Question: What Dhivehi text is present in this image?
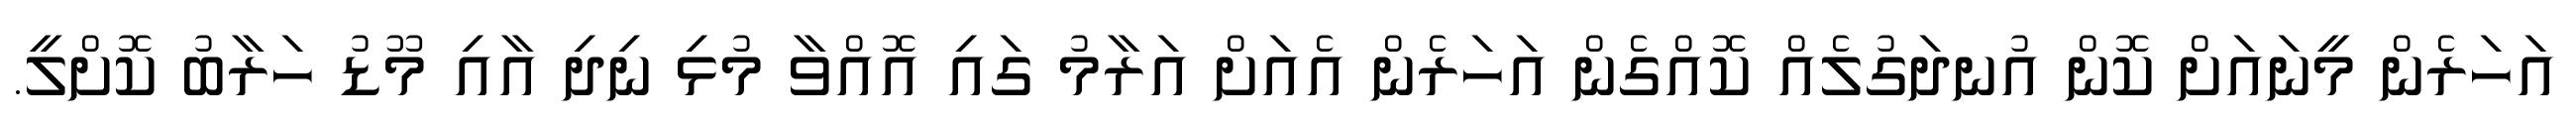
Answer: އަހަރެން މީނައަށް ކޮން އުނދަގުލެއް ކޮއްގެން އަހަރެން އެއަށް އަރާމު ގައި އޮއްވާ މުޅި ނިދި އާއި މޫޑު ހަރާބު ކޮށްލީ.